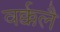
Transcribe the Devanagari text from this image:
वर्क्कलै